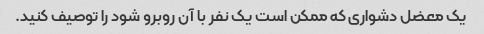
یک معضل دشواری که ممکن است یک نفر با آن روبرو شود را توصیف کنید.